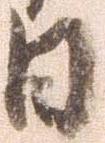
日